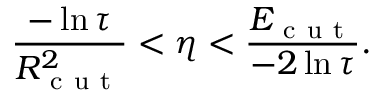
\frac { - \ln { \tau } } { R _ { \mathrm { ~ c ~ u ~ t ~ } } ^ { 2 } } < \eta < \frac { E _ { \mathrm { ~ c ~ u ~ t ~ } } } { - 2 \ln { \tau } } .